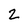
Character: 2